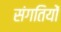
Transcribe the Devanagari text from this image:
संगतियों